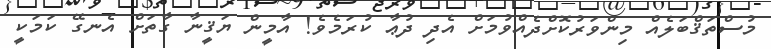
މުސްތަޤްބަލެއް މިންވަރުކޮށްދެއްވުމަށް އެދި ދުޢާ ކުރަމެވެ! އާމީން ޔަޤީނާ ގާތަށް އެނގޭ ކަމަކީ